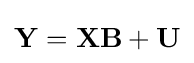
\mathbf {Y} =\mathbf {X} \mathbf {B} +\mathbf {U}